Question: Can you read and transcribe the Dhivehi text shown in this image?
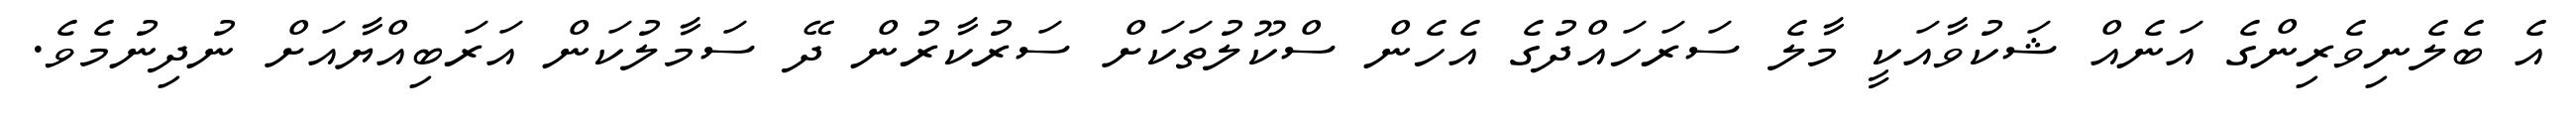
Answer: އެ ބެލެނިވެރިންގެ އަނެއް ޝަކުވާއަކީ މާލެ ސަރަހައްދުގެ އެހެން ސްކޫލުތަކަށް ސަރުކާރުން ދޭ ސަމާލުކަން އަރަބިއްޔާއަށް ނުދިނުމެވެ.